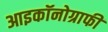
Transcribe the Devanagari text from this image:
आइकॉनोग्राफी